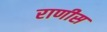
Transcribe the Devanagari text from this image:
राणीस